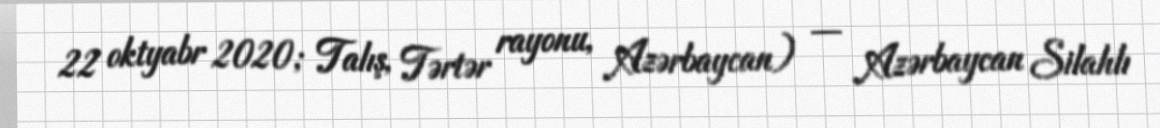
22 oktyabr 2020; Talış, Tərtər rayonu, Azərbaycan) — Azərbaycan Silahlı